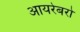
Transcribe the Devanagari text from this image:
आयरेबरो